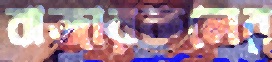
বাজারকলের